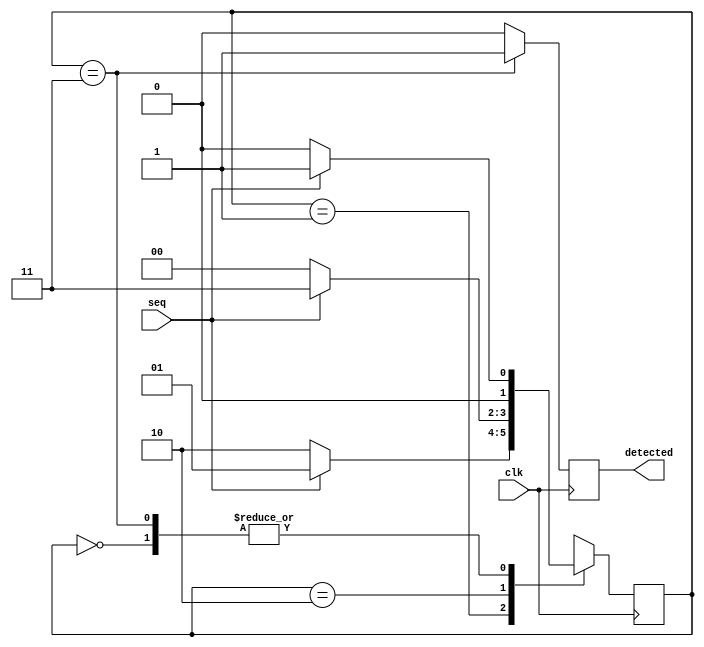
// 101 Sequence Detector Non-overlapping type

module Day22_sequence_detector(input clk, 
                               input seq, 
                               output reg detected);
  
  reg [1:0] state; // 2-bit register to store the current state
  
  initial state <= 2'b00;
  
  always @(posedge clk) begin
    case (state)
      2'b00: if (seq) state <= 2'b01; else state <= 2'b00;
      2'b01: if (seq) state <= 2'b01; else state <= 2'b10;
      2'b10: if (seq) state <= 2'b11; else state <= 2'b00;
      2'b11: if (seq) state <= 2'b01; else state <= 2'b00;
    endcase
    if (state == 2'b11) detected <= 1'b1;
    else detected <= 1'b0;
  end
  
endmodule